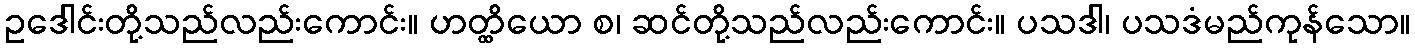
ဥဒေါင်းတို့သည်လည်းကောင်း။ ဟတ္ထိယော စ၊ ဆင်တို့သည်လည်းကောင်း။ ပသဒါ၊ ပသဒံမည်ကုန်သော။